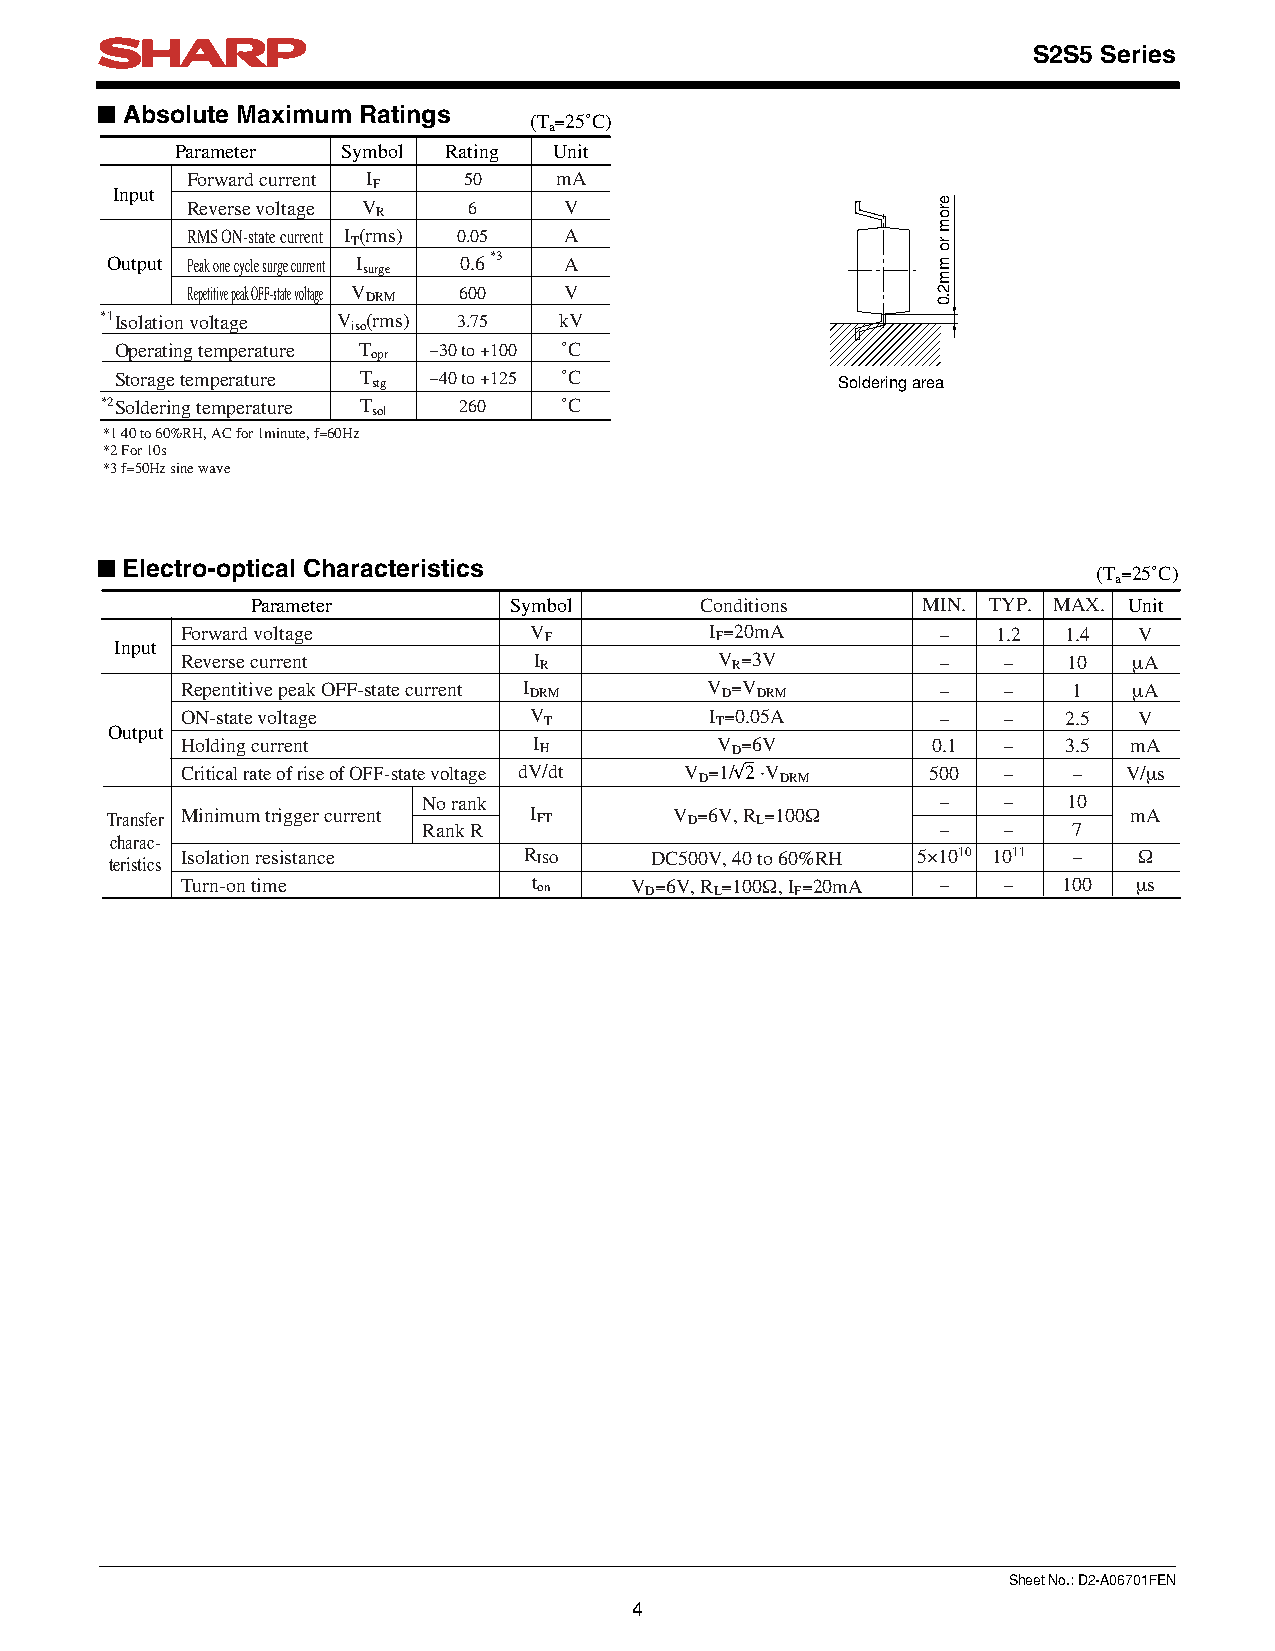
S2S5 Series
 ■ Absolute Maximum Ratings
 (T=25˚C)
 a
 Parameter  Symbol Rating Unit
 Forward current I  50    mA
 F
 Input
 Reverse voltage V  6     V
 R
 RMS ON-state current I (rms) 0.05 A
 T
 Output Peak one cycle surge current I 0.6*3 A
 surge
 Repetitive peak OFF-state voltage V 600 V
 DRM
 *1Isolation voltage V (rms) 3.75 kV
 iso
 Operating temperature T
 opr
 −30 to +100 ˚C
 Storage temperature T stg −40 to +125 ˚C        Soldering area
 *2Soldering temperature T sol 260 ˚C
 *1 40 to 60%RH, AC for 1minute, f=60Hz
 *2 For 10s
 *3 f=50Hz sine wave
 ■ Electro-optical Characteristics
 (T=25˚C)
 a
 Parameter        Symbol      Conditions     MIN. TYP. MAX. Unit
 Forward voltage        V F         I F=20mA       −   1.2 1.4  V
 Input
 Reverse current        I R          V R=3V        −   −    10  µA
 Repentitive peak OFF-state current I DRM V D=V DRM −  −    1   µA
 ON-state voltage       V T         I T=0.05A      −   −   2.5  V
 Output
 Holding current        I H         V D=6V         0.1 −   3.5  mA
 −
 Critical rate of rise of OFF-state voltage dV/dt V D=1/√2 ·V DRM 500 − − V/µs
 No rank                           −   −    10
 Transfer Minimum trigger current
 Rank R
 I FT      V D=6V, R L=100Ω
 −   −    7
 mA
 charac-
 teristics Isolation resistance R ISO DC500V, 40 to 60%RH 5×1010 1011 − Ω
 Turn-on time           t on   V D=6V, R L=100Ω, I F=20mA − − 100 µs
 Sheet No.: D2-A06701FEN
 4
 erom
 ro
 mm2.0